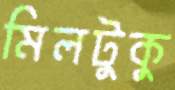
মিলটুকু